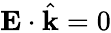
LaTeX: \mathbf{E}\cdot{\hat{\mathbf{k}}}=0